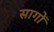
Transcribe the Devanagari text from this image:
सागों